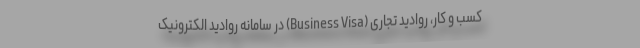
کسب و کار، روادید تجاری (Business Visa) در سامانه روادید الکترونیک